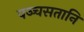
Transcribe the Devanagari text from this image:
पञ्चसतानि